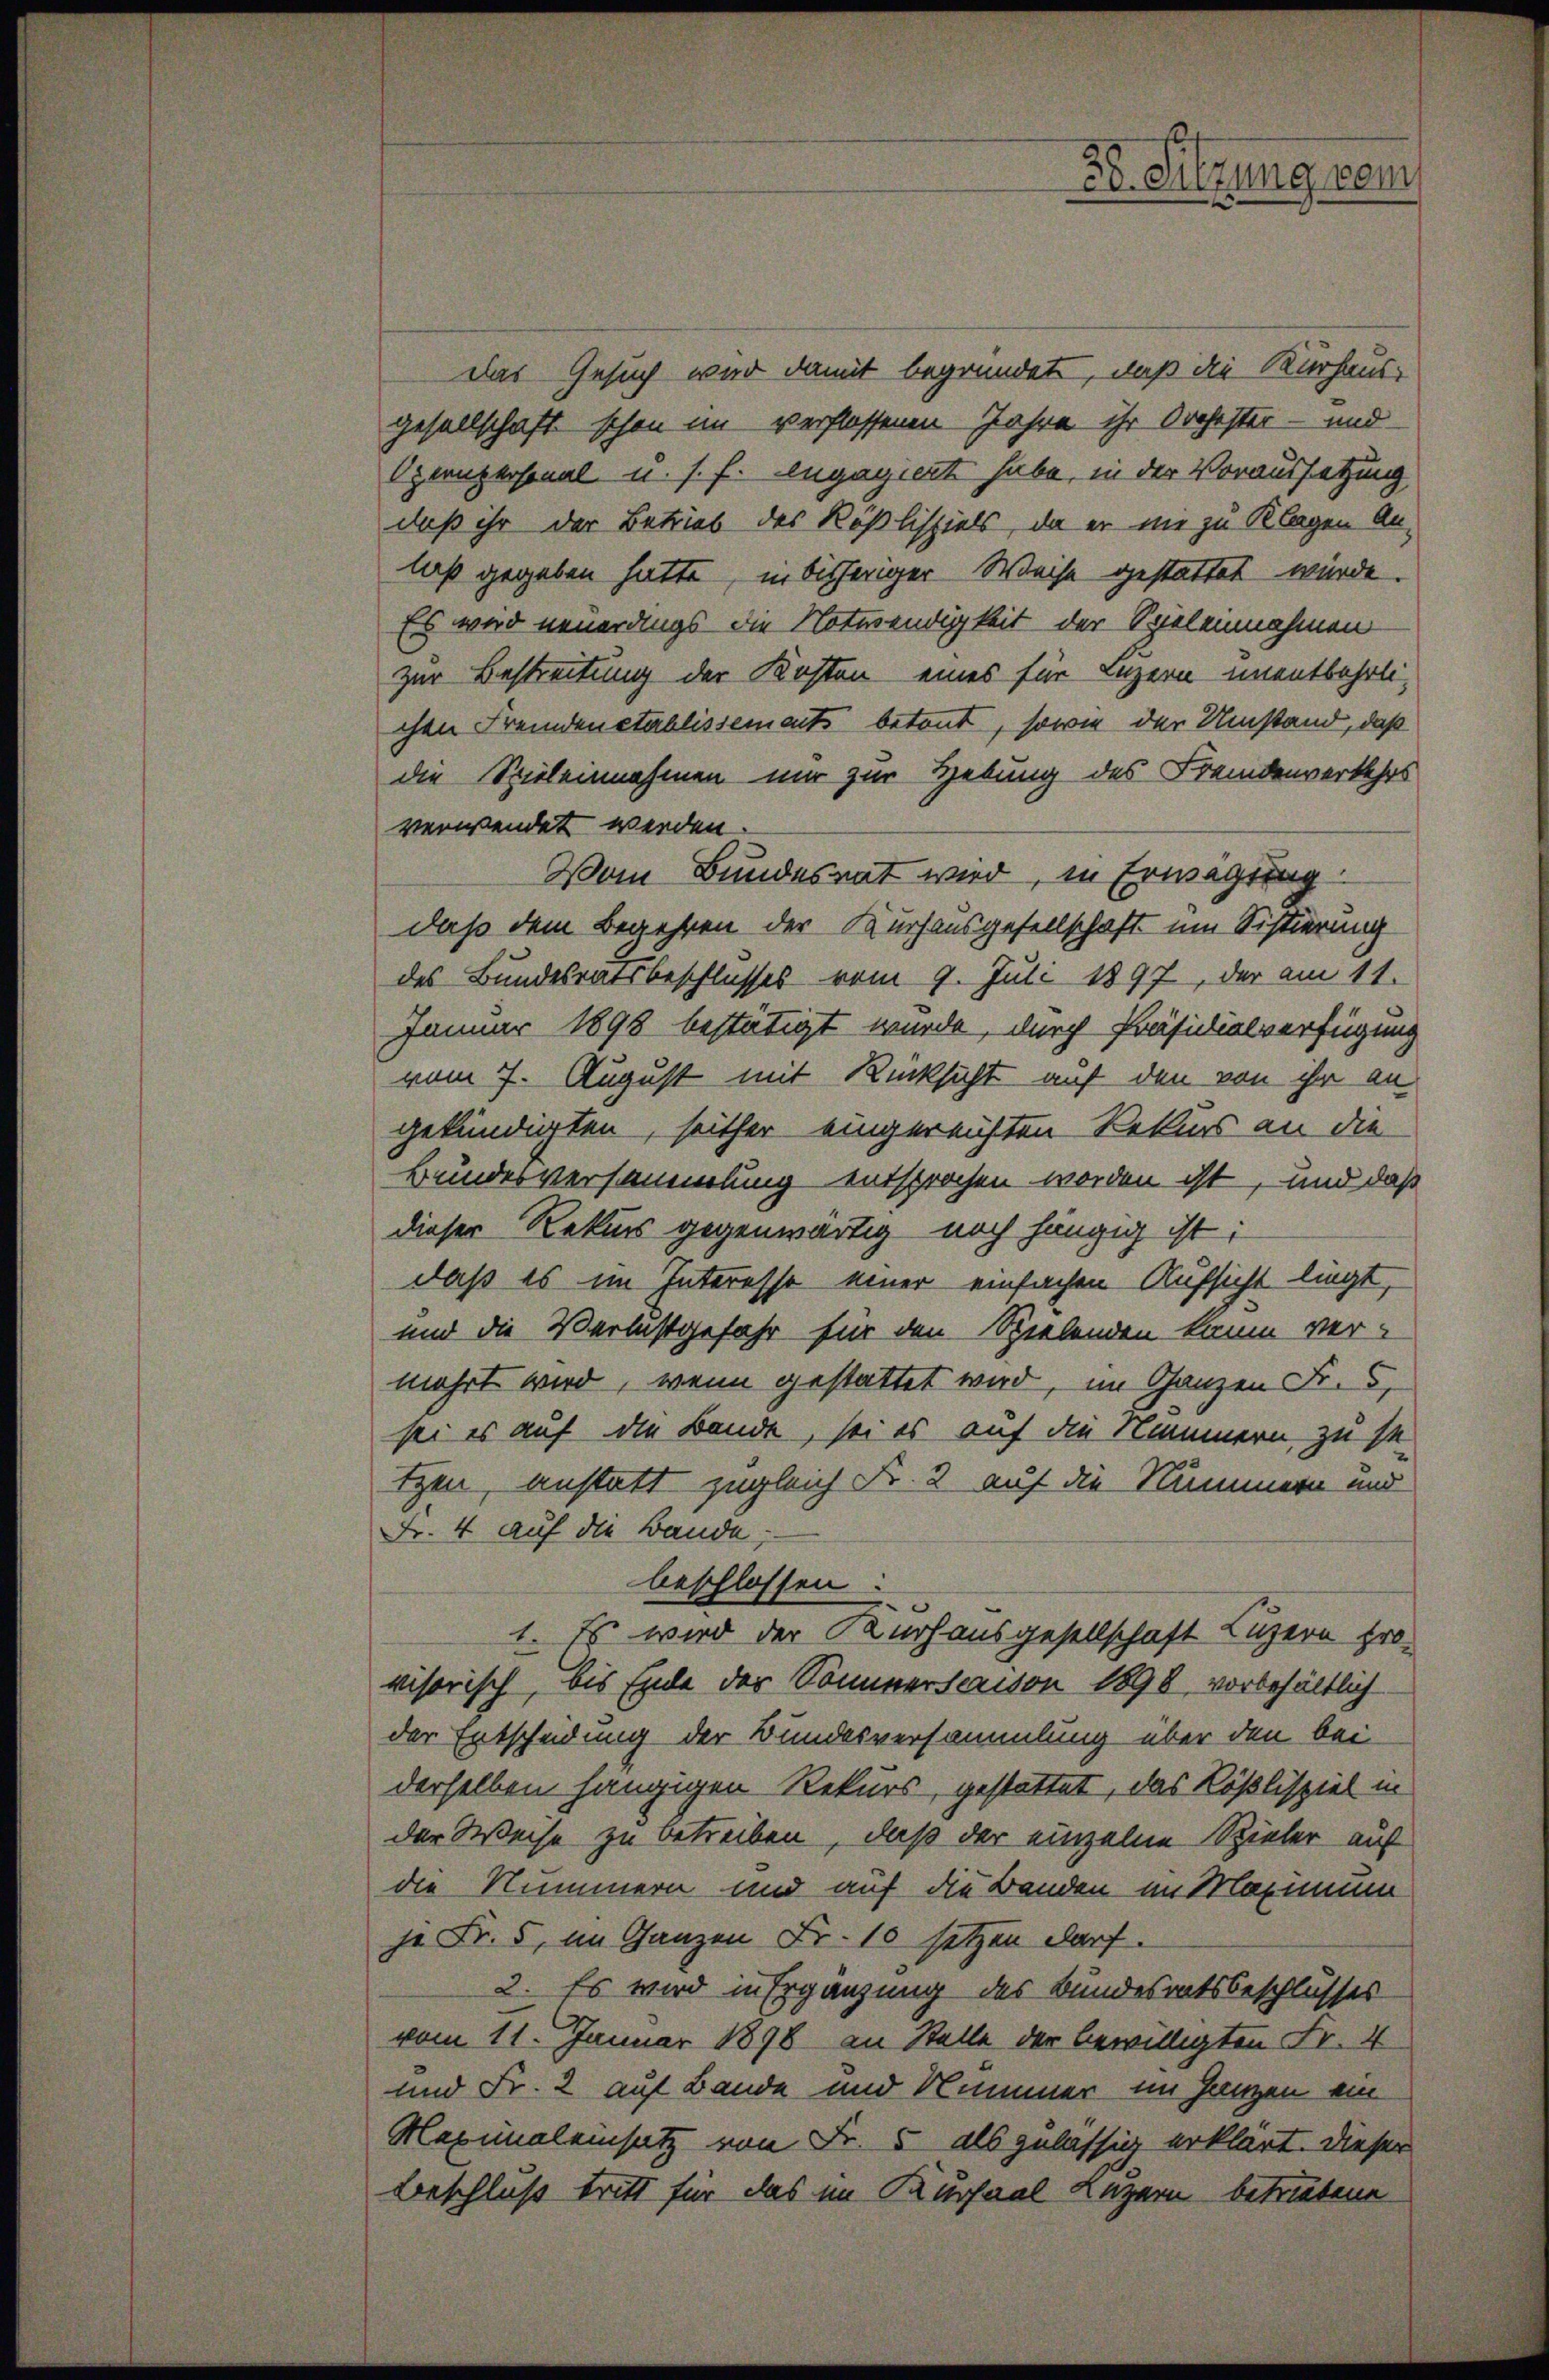
das Gesuch wir damit begründet, daß die Kurhaus-
gesellschaft schon im verflossenen Jahre ihr Orchester – und
Opeenpersonal u. s. f. engagiert habe, in der Voraussetzung
daß ihr der Betrieb des Rößlispiels, da er nie zu Klagen Anlaß gegeben hatte, in bisheriger Weise gestattet würde.
Es wird neuerdings die Notwendigkeit der Spieleinnahmen
zur Bestreitung der Kosten eines für Luzern unentbehrlichen Fremden etablissements betont, sowie der Umstand, daß
die Spieleinnahmen nur zur Hebung des Fremdenverkehrs
verwendet werden.
Vom Bundesrat wird, in Erwägung
daß dem Begehren der Kurhausgesellschaft um Sistierung
des Bundesratsbeschlusses vom 9. Juli 1897, der am 11.
Januar 1898 bestätigt wurde, durch Präsidialverfügung
vom 7. August mit Rücksicht auf den von ihr an
gekündigten, seither eingereichten Rekurs an die
Bundesversammlung entsprochen worden ist, und daß
dieser Rekurs gegenwärtig noch hängig ist:
daß es im Interesse einer einfachen Aufsicht liegt,
und die Verlastgefahr für den Spielenden kaum ver-
mehrt wird, wenn gestattet wird, im Ganzen Fr. 5.
sei es auf die Bande, sei es auf die Nummern zu se
tzen, anstatt zugleich Fr. 2 auf die Nummern und
Fr. 4 auf die Bande,
beschlossen:
1. Es wird der Kurhausgesellschaft Luzern fro
visorisch, bis Ende der Sommerserison 1898 vorbehältlich
der Entscheidung der Bundesversammlung über den bei
derselben hängigen Rekurs gestattet, das Köslispiel in
der Weise zu betreiben, daß der einzelne Spieler auf
die Nummern und auf die Banden im Maximum
je Fr. 5, im Ganzen Fr. 10 setzen darf.
2. Es wird in Ergänzung des Bundesratsbeschlusses
vom 11. Januar 1878 an Stelle der bewilligten Fr. 4
und Fr. 2 auf Bande und Nummer im Ganzen ein
Maxunaleinsatz von Fr. 5 als zulässig erklärt. Dieser
Beschluß tritt für das im Kurfaal Luzern betriebene

Dr. Sitzung wei